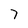
Character: 7